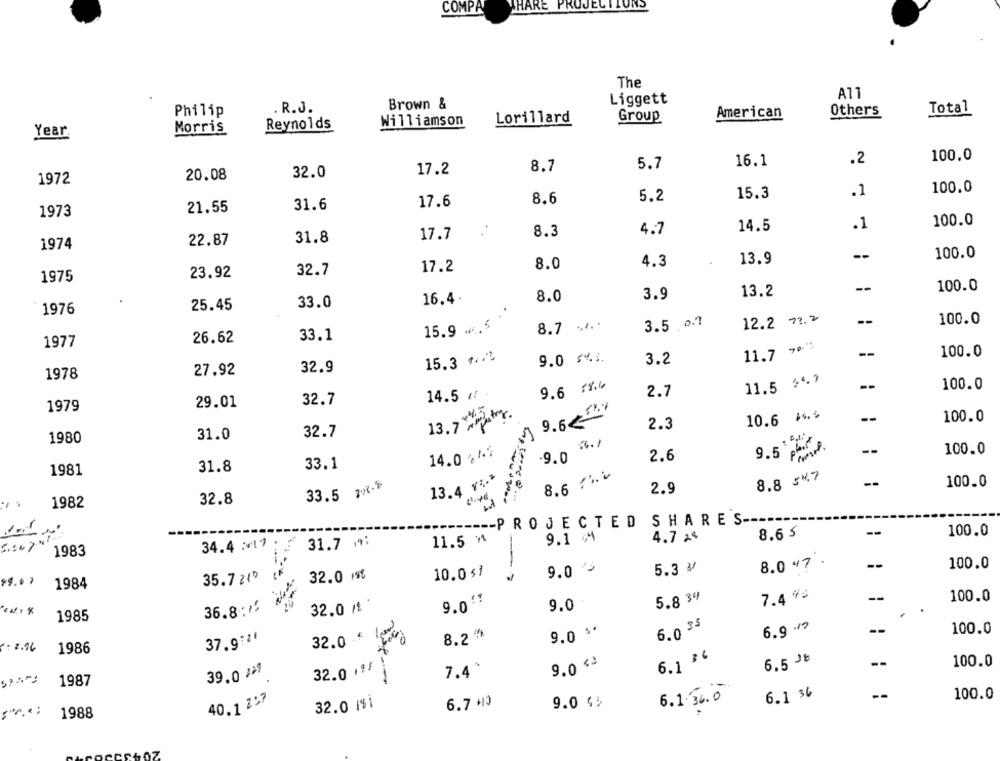
SHARE PROJECTI
COMPA
The
A11
Brown &
Liggett
Philip
.R.J.
American
Others
Total
Williamson
Lorillard
Group
Morris
Reynolds
Year
.2
100.0
8.7
5.7
16.1
32.0
17.2
1972
20.08
100.0
8.6
5.2
15.3
.1
31.6
17.6
1973
21.55
14.5
.1
100.0
17.7
8.3
4.7
22.87
31.8
1974
--
100.0
8.0
4.3
13.9
23.92
32.7
17.2
1975
--
100.0
16.4.
3.9
13.2
33.0
8.0
1976
25.45
--
100.0
15.9 .5
8.7 2.
3.5 07
12.2 73.2
1977
26.62
33.1
11.7 % **
--
100.0
15.3 ...
9.0 54.1.
3.2
1978
27.92
32.9
9.6 78.4
11.5 %%*
--
100.0
14.5 ( *
2.7
29.01
32.7
1979
13.7 ltr.
10.6 14.₺
--
100.0
2.3
32.7
1980
31.0
.9.0 3./
--
100.0
14.0 .11
9.5 php.
2.6
1981
31.8
33.1
13.4 %%*
8.6 7"৳
8.8 547
Fe
--
100.0
33.5 2.8
2.9
32.8
1982
-- PROJECTED SHARES --
8.65
--
100.0
11.5 M
9.1 4
4.7 2ª
5 .: 47
34.4 :17 :
31.7 ₥:
1983
.
8.0 47.
--
9.0 '5
5.3 ₺
100.0
35.7 zł
32.0 1st
10.0 $1
1984
9.0 !?
5.8 34
7.4 %
--
100.0
36.8:11
32.0 / *
9.0
1985
9.0 % *
6.0 35
6.9 .?
--
100.0
37,9:11
32.0 .*
8.2 %
: 2.16
1986
6.1 3 6
6,5 3₺
100.0
32.0 19/
9.0 <3
39.0 12
7.4*
1987
40. 1 2 ,7
6.1.36.0
6.1 36
--
100.0
32.0 1$i
6.7 10
9.0 43
sr.";
1988